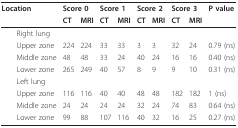
<table><thead><tr><td><b>Location</b></td><td colspan="2"><b>Score 0</b></td><td colspan="2"><b>Score 1</b></td><td colspan="2"><b>Score 2</b></td><td colspan="2"><b>Score 3</b></td><td><b>P value</b></td></tr><tr><td></td><td><b>CT</b></td><td><b>MRI</b></td><td><b>CT</b></td><td><b>MRI</b></td><td><b>CT</b></td><td><b>MRI</b></td><td><b>CT</b></td><td><b>MRI</b></td><td></td></tr></thead><tbody><tr><td> Right lung</td><td></td><td></td><td></td><td></td><td></td><td></td><td></td><td></td><td></td></tr><tr><td> Upper zone</td><td>224</td><td>224</td><td>33</td><td>33</td><td>3</td><td>3</td><td>32</td><td>24</td><td>0.79 (ns)</td></tr><tr><td> Middle zone</td><td>48</td><td>48</td><td>33</td><td>24</td><td>40</td><td>24</td><td>16</td><td>16</td><td>0.40 (ns)</td></tr><tr><td> Lower zone</td><td>265</td><td>249</td><td>40</td><td>57</td><td>8</td><td>9</td><td>9</td><td>10</td><td>0.31 (ns)</td></tr><tr><td> Left lung</td><td></td><td></td><td></td><td></td><td></td><td></td><td></td><td></td><td></td></tr><tr><td> Upper zone</td><td>116</td><td>116</td><td>40</td><td>40</td><td>48</td><td>48</td><td>182</td><td>182</td><td>1 (ns)</td></tr><tr><td> Middle zone</td><td>24</td><td>24</td><td>24</td><td>24</td><td>32</td><td>24</td><td>74</td><td>83</td><td>0.64 (ns)</td></tr><tr><td> Lower zone</td><td>99</td><td>88</td><td>107</td><td>116</td><td>40</td><td>32</td><td>16</td><td>25</td><td>0.27 (ns)</td></tr></tbody></table>